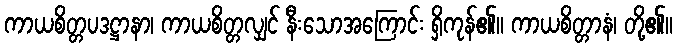
ကာယစိတ္တပဒဋ္ဌာနာ၊ ကာယစိတ္တလျှင် နီးသောအကြောင်း ရှိကုန်၏။ ကာယစိတ္တာနံ၊ တို့၏။